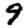
Digit: 9